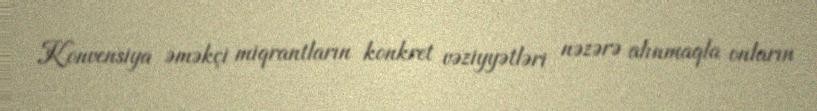
Konvensiya əməkçi miqrantların konkret vəziyyətləri nəzərə alınmaqla onların